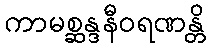
ကာမစ္ဆန္ဒနီဝရဏန္တိ